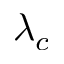
\lambda _ { c }